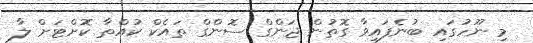
މި ނޫހުގައި ބުނެފައިވާ ގޮތުން ޖަންގް ސޮންގް ތައެކް ކުއްތާ ކޮށްޓަށް ލާ